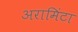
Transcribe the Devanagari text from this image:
अरामिंटा